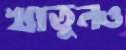
খাতুনও